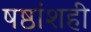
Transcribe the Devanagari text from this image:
षष्ठांशही